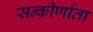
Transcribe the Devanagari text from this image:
सन्कीर्णाता